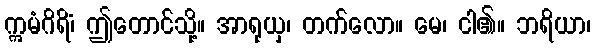
ဣမံဂိရိံ၊ ဤတောင်သို့။ အာရုယှ၊ တက်လော။ မေ၊ ငါ၏။ ဘရိယာ၊